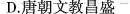
D. 唐朝文教昌盛